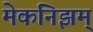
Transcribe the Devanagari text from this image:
मेकनिझम्